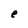
Character: e